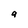
Character: a